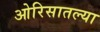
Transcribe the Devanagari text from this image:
ओरिसातल्या